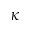
\kappa